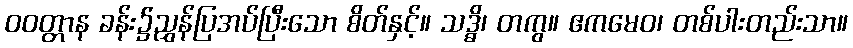
ဝဝတ္တာန ခန်း၌ညွှန်ပြအပ်ပြီးသော စိတ်နှင့်။ သဒ္ဓိ၊ တကွ။ ဧကမေဝ၊ တစ်ပါးတည်းသာ။